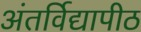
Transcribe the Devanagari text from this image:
अंतर्विद्यापीठ